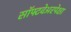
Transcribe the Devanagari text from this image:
सॉफ्टवेअरपेक्षा